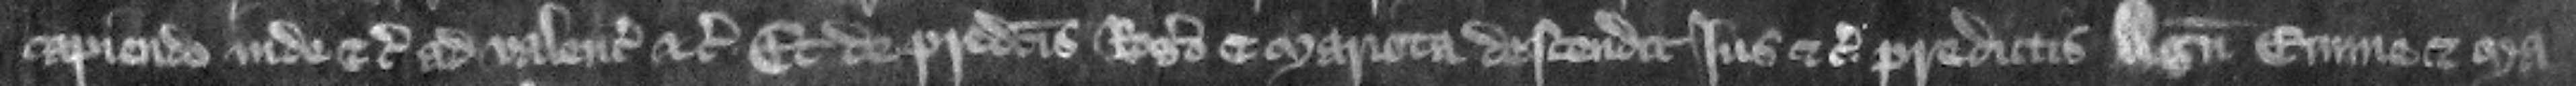
capiendo inde etc. ad valenciam etc. Et de predictis Rogero et Mariota descendit ius etc. predictis Agneti Emme et Ma